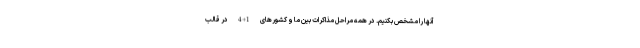
آنها را مشخص بکنیم. در همه مراحل مذاکرات بین ما و کشورهای 1+4 در قالب